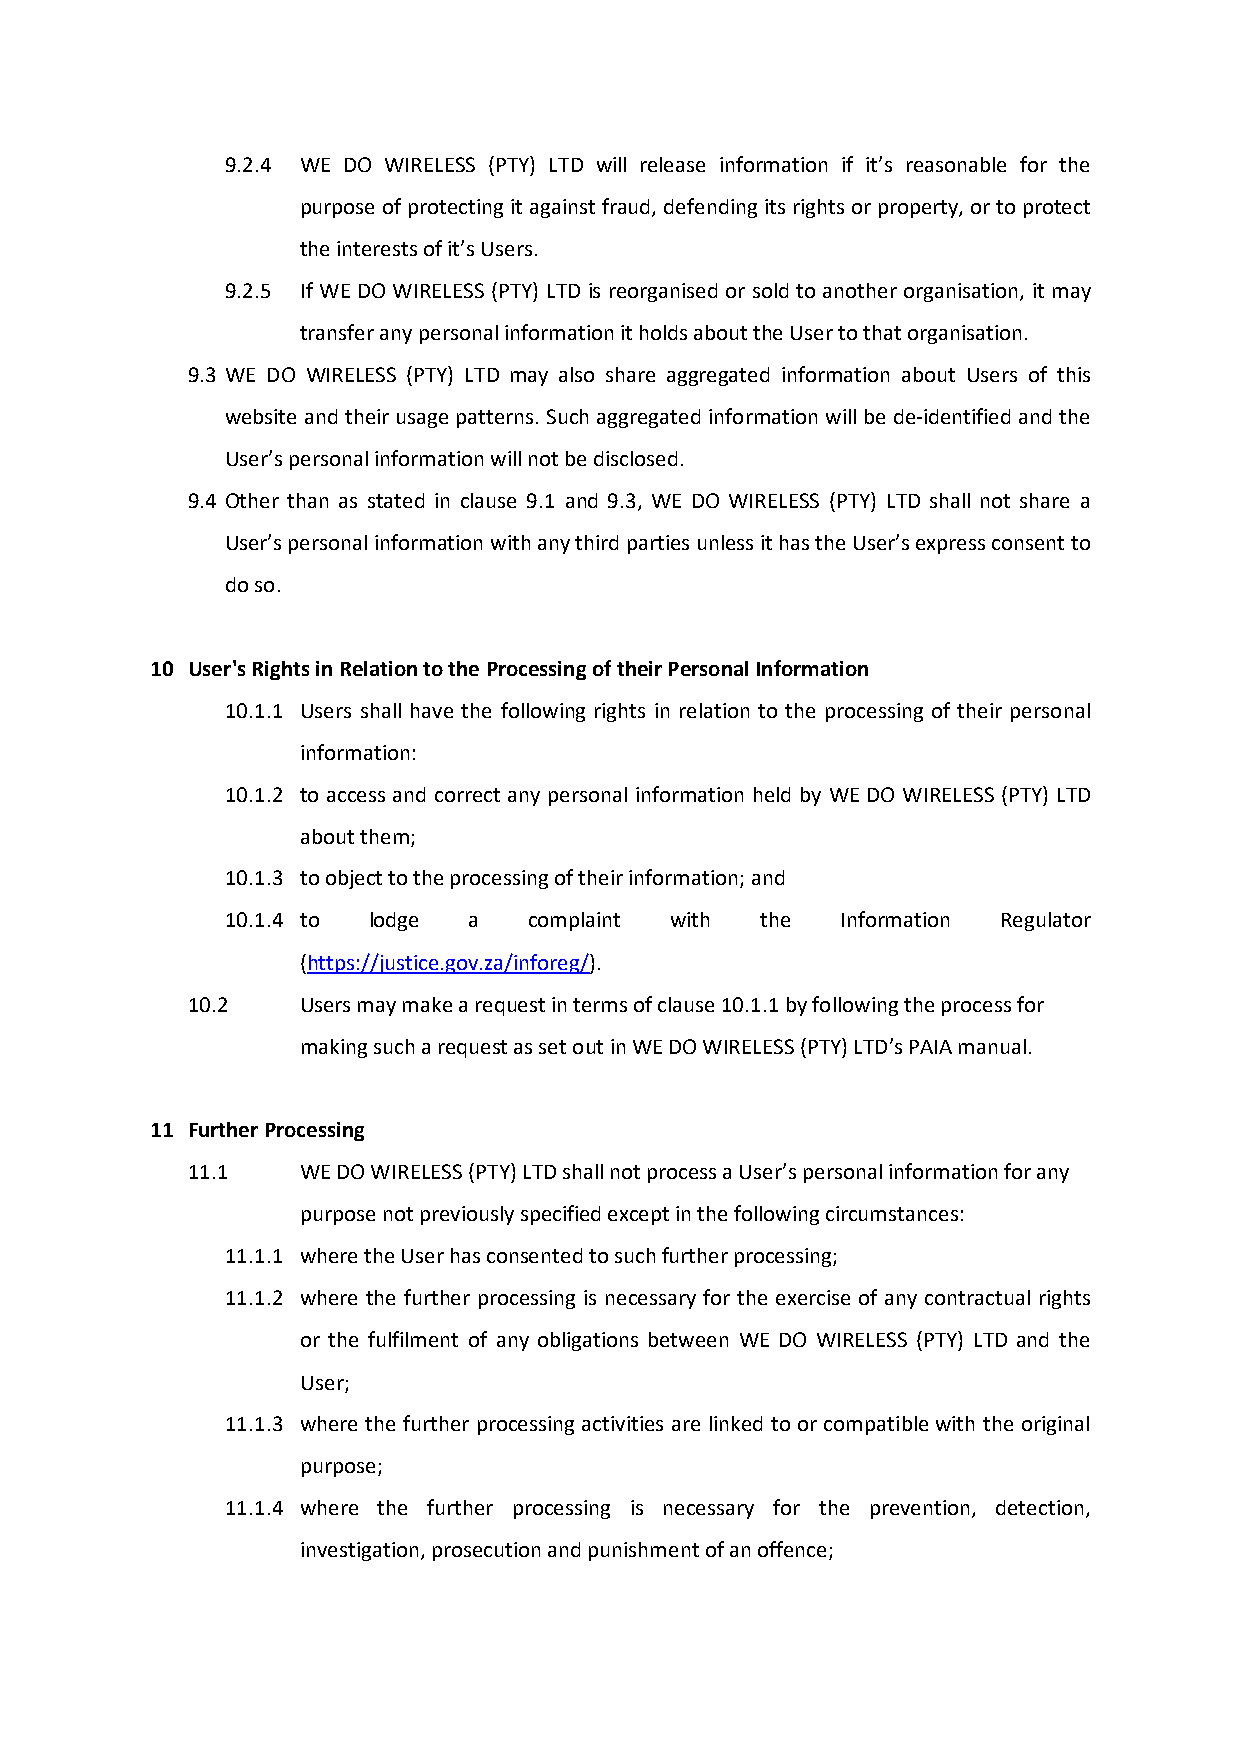
9.2.4 WE DO WIRELESS (PTY) LTD will release information if it’s reasonable for the
 purpose of protecting it against fraud, defending its rights or property, or to protect
 the interests of it’s Users.
 9.2.5 If WE DO WIRELESS (PTY) LTD is reorganised or sold to another organisation, it may
 transfer any personal information it holds about the User to that organisation.
 9.3 WE DO WIRELESS (PTY) LTD may also share aggregated information about Users of this
 website and their usage patterns. Such aggregated information will be de-identified and the
 User’s personal information will not be disclosed.
 9.4 Other than as stated in clause 9.1 and 9.3, WE DO WIRELESS (PTY) LTD shall not share a
 User’s personal information with any third parties unless it has the User’s express consent to
 do so.
 10 User's Rights in Relation to the Processing of their Personal Information
 10.1.1 Users shall have the following rights in relation to the processing of their personal
 information:
 10.1.2 to access and correct any personal information held by WE DO WIRELESS (PTY) LTD
 about them;
 10.1.3 to object to the processing of their information; and
 10.1.4 to lodge a   complaint with the   Information Regulator
 (https://justice.gov.za/inforeg/).
 10.2    Users may make a request in terms of clause 10.1.1 by following the process for
 making such a request as set out in WE DO WIRELESS (PTY) LTD’s PAIA manual.
 11 Further Processing
 11.1    WE DO WIRELESS (PTY) LTD shall not process a User’s personal information for any
 purpose not previously specified except in the following circumstances:
 11.1.1 where the User has consented to such further processing;
 11.1.2 where the further processing is necessary for the exercise of any contractual rights
 or the fulfilment of any obligations between WE DO WIRELESS (PTY) LTD and the
 User;
 11.1.3 where the further processing activities are linked to or compatible with the original
 purpose;
 11.1.4 where the further processing is necessary for the prevention, detection,
 investigation, prosecution and punishment of an offence;